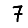
Digit: 7